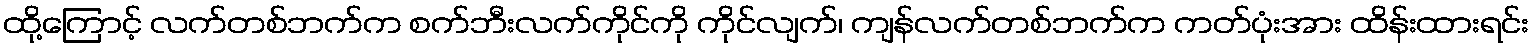
ထို့ကြောင့် လက်တစ်ဘက်က စက်ဘီးလက်ကိုင်ကို ကိုင်လျက်၊ ကျန်လက်တစ်ဘက်က ကတ်ပုံးအား ထိန်းထားရင်း